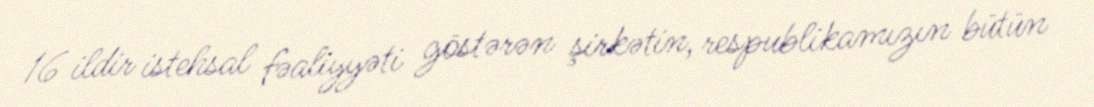
16 ildir istehsal fəaliyyəti göstərən şirkətin, respublikamızın bütün